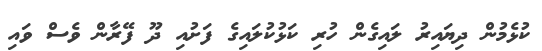
ކުޅެމުން ދިޔައިރު ލައިގެން ހުރި ކަޅުކުލައިގެ ފަށުއި ދޫ ފޭރާން ވެސް ވައި